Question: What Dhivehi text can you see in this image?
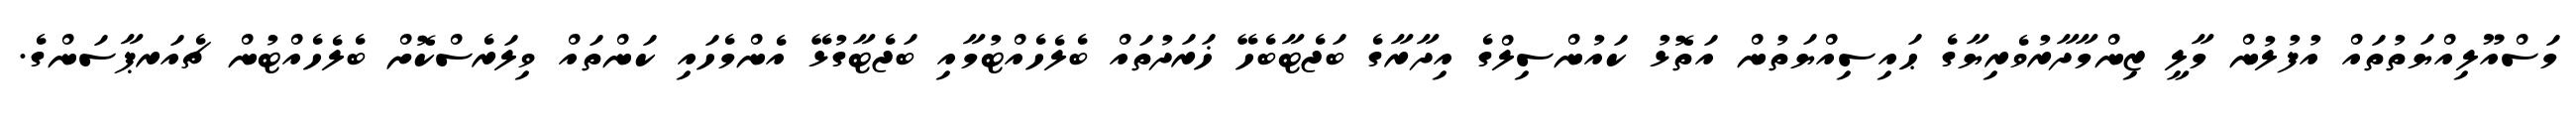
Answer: މަސްއޫލިއްޔަތުތައް އުފުލުން މާލީ ޒިންމާދާރުވެރިޔާގެ ޙައިސިއްޔަތުން އަތޮޅު ކައުންސިލްގެ އިދާރާގެ ބަޖެޓާބެހޭ ޚަރަދުތައް ބެލެހެއްޓުމާއި ބަޖެޓާގުޅޭ އެންމެހައި ކަންތައް ވިލަރެސްކޮށް ބެލެހެއްޓުން ޗެއަރޕާސަންގެ.